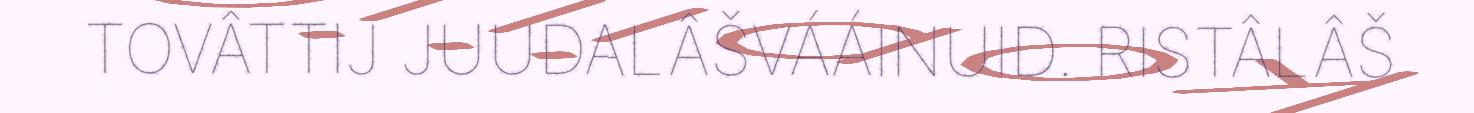
TOVÂTTIJ JUUDALÂŠVÁÁINUID. RISTÂLÂŠ